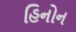
હિનોન